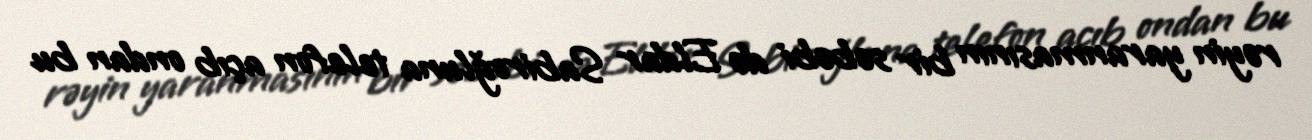
rəyin yaranmasının bir səbəbi də Eldar Sabiroğluna telefon açıb ondan bu